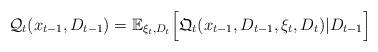
LaTeX: \begin{align*}\mathcal{Q}_{t}(x_{t-1}, D_{t-1} )=\mathbb{E}_{\xi_t, D_t } \Big[ \mathfrak{Q}_t ( x_{t-1}, D_{t-1} , \xi_t , D_t ) | D_{t-1} \Big]\end{align*}